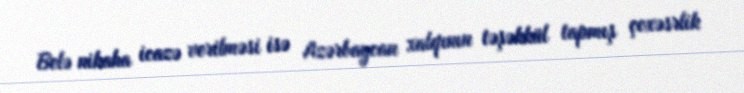
Belə nikaha icazə verilməsi isə Azərbaycan xalqının təşəkkül tapmış çoxəsrlik